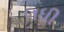
લધી